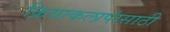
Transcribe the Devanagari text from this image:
क्रियाकलापांसाठी